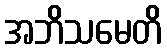
အဘိသမေတိ